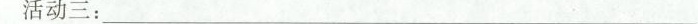
活动三：___